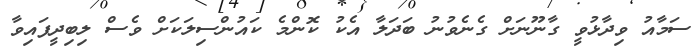
ސަމާއު ވިދާޅުވީ ގާނޫނަށް ގެނެވުނު ބަދަލާ އެކު ކޮންމެ ކައުންސިލަކަށް ވެސް ލިބިދީފައިވާ